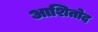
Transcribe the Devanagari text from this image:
आशितोद